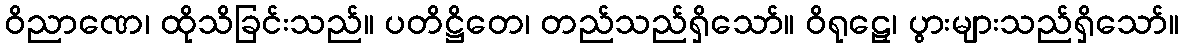
ဝိညာဏေ၊ ထိုသိခြင်းသည်။ ပတိဋ္ဌိတေ၊ တည်သည်ရှိသော်။ ဝိရုဠှေ၊ ပွားများသည်ရှိသော်။